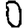
Digit: 0